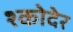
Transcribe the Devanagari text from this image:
श्कोदेर